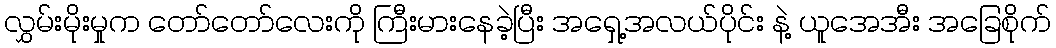
လွှမ်းမိုးမှုက တော်တော်လေးကို ကြီးမားနေခဲ့ပြီး အရှေ့အလယ်ပိုင်း နဲ့ ယူအေအီး အခြေစိုက်